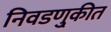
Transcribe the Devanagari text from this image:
निवडणु्कीत